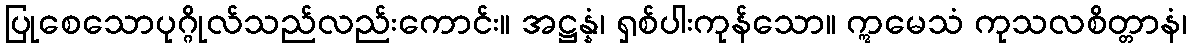
ပြုစေသောပုဂ္ဂိုလ်သည်လည်းကောင်း။ အဋ္ဌန္နံ၊ ရှစ်ပါးကုန်သော။ ဣမေသံ ကုသလစိတ္တာနံ၊